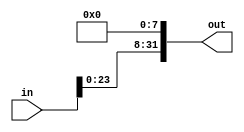
module sll8(out, in);
    input[31:0] in;
    output[31:0] out;

    assign out[7:0]=0;
    assign out[31:8]=in[23:0];

endmodule